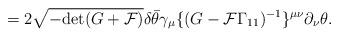
LaTeX: \begin{align*}= 2 \sqrt{- {\rm det} (G + {\cal F})} \delta \bar\theta \gamma_\mu \{(G - {\cal F}\Gamma_{11})^{-1}\}^{\mu\nu} \partial_\nu \theta.\end{align*}